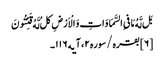
بَل لَّهُ مَا فیِ السَّمَاوَاتِ وَ الْاَرْضِ کلُ‌ لَّهُ قَنِتُونَ ‌
[۶] بقره/سوره۲، آیه۱۱۶۔